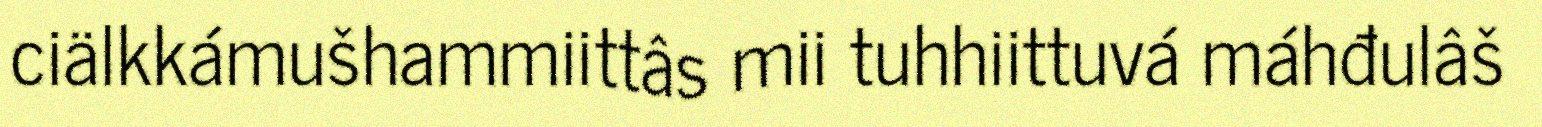
ciälkkámušhammiittâs mii tuhhiittuvá máhđulâš